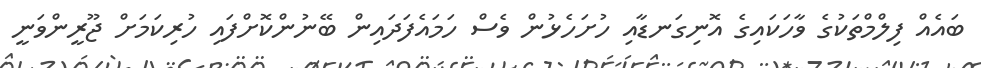
ބައެއް ފިލްމްތަކުގެ ވާހަކައިގެ އޮނިގަނޑާއި ހުށަހެޅުން ވެސް ހަމައެފަދައިން ބޭނުންކޮށްފައި ހުރިކަމަށް ޖޫރީންވަނީ